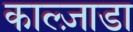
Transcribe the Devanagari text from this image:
काल्ज़ाडा